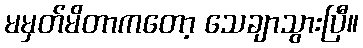
မမှတ်မိတာကတော့ သေချာသွားပြီ။